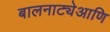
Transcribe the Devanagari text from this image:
बालनाट्येआणि